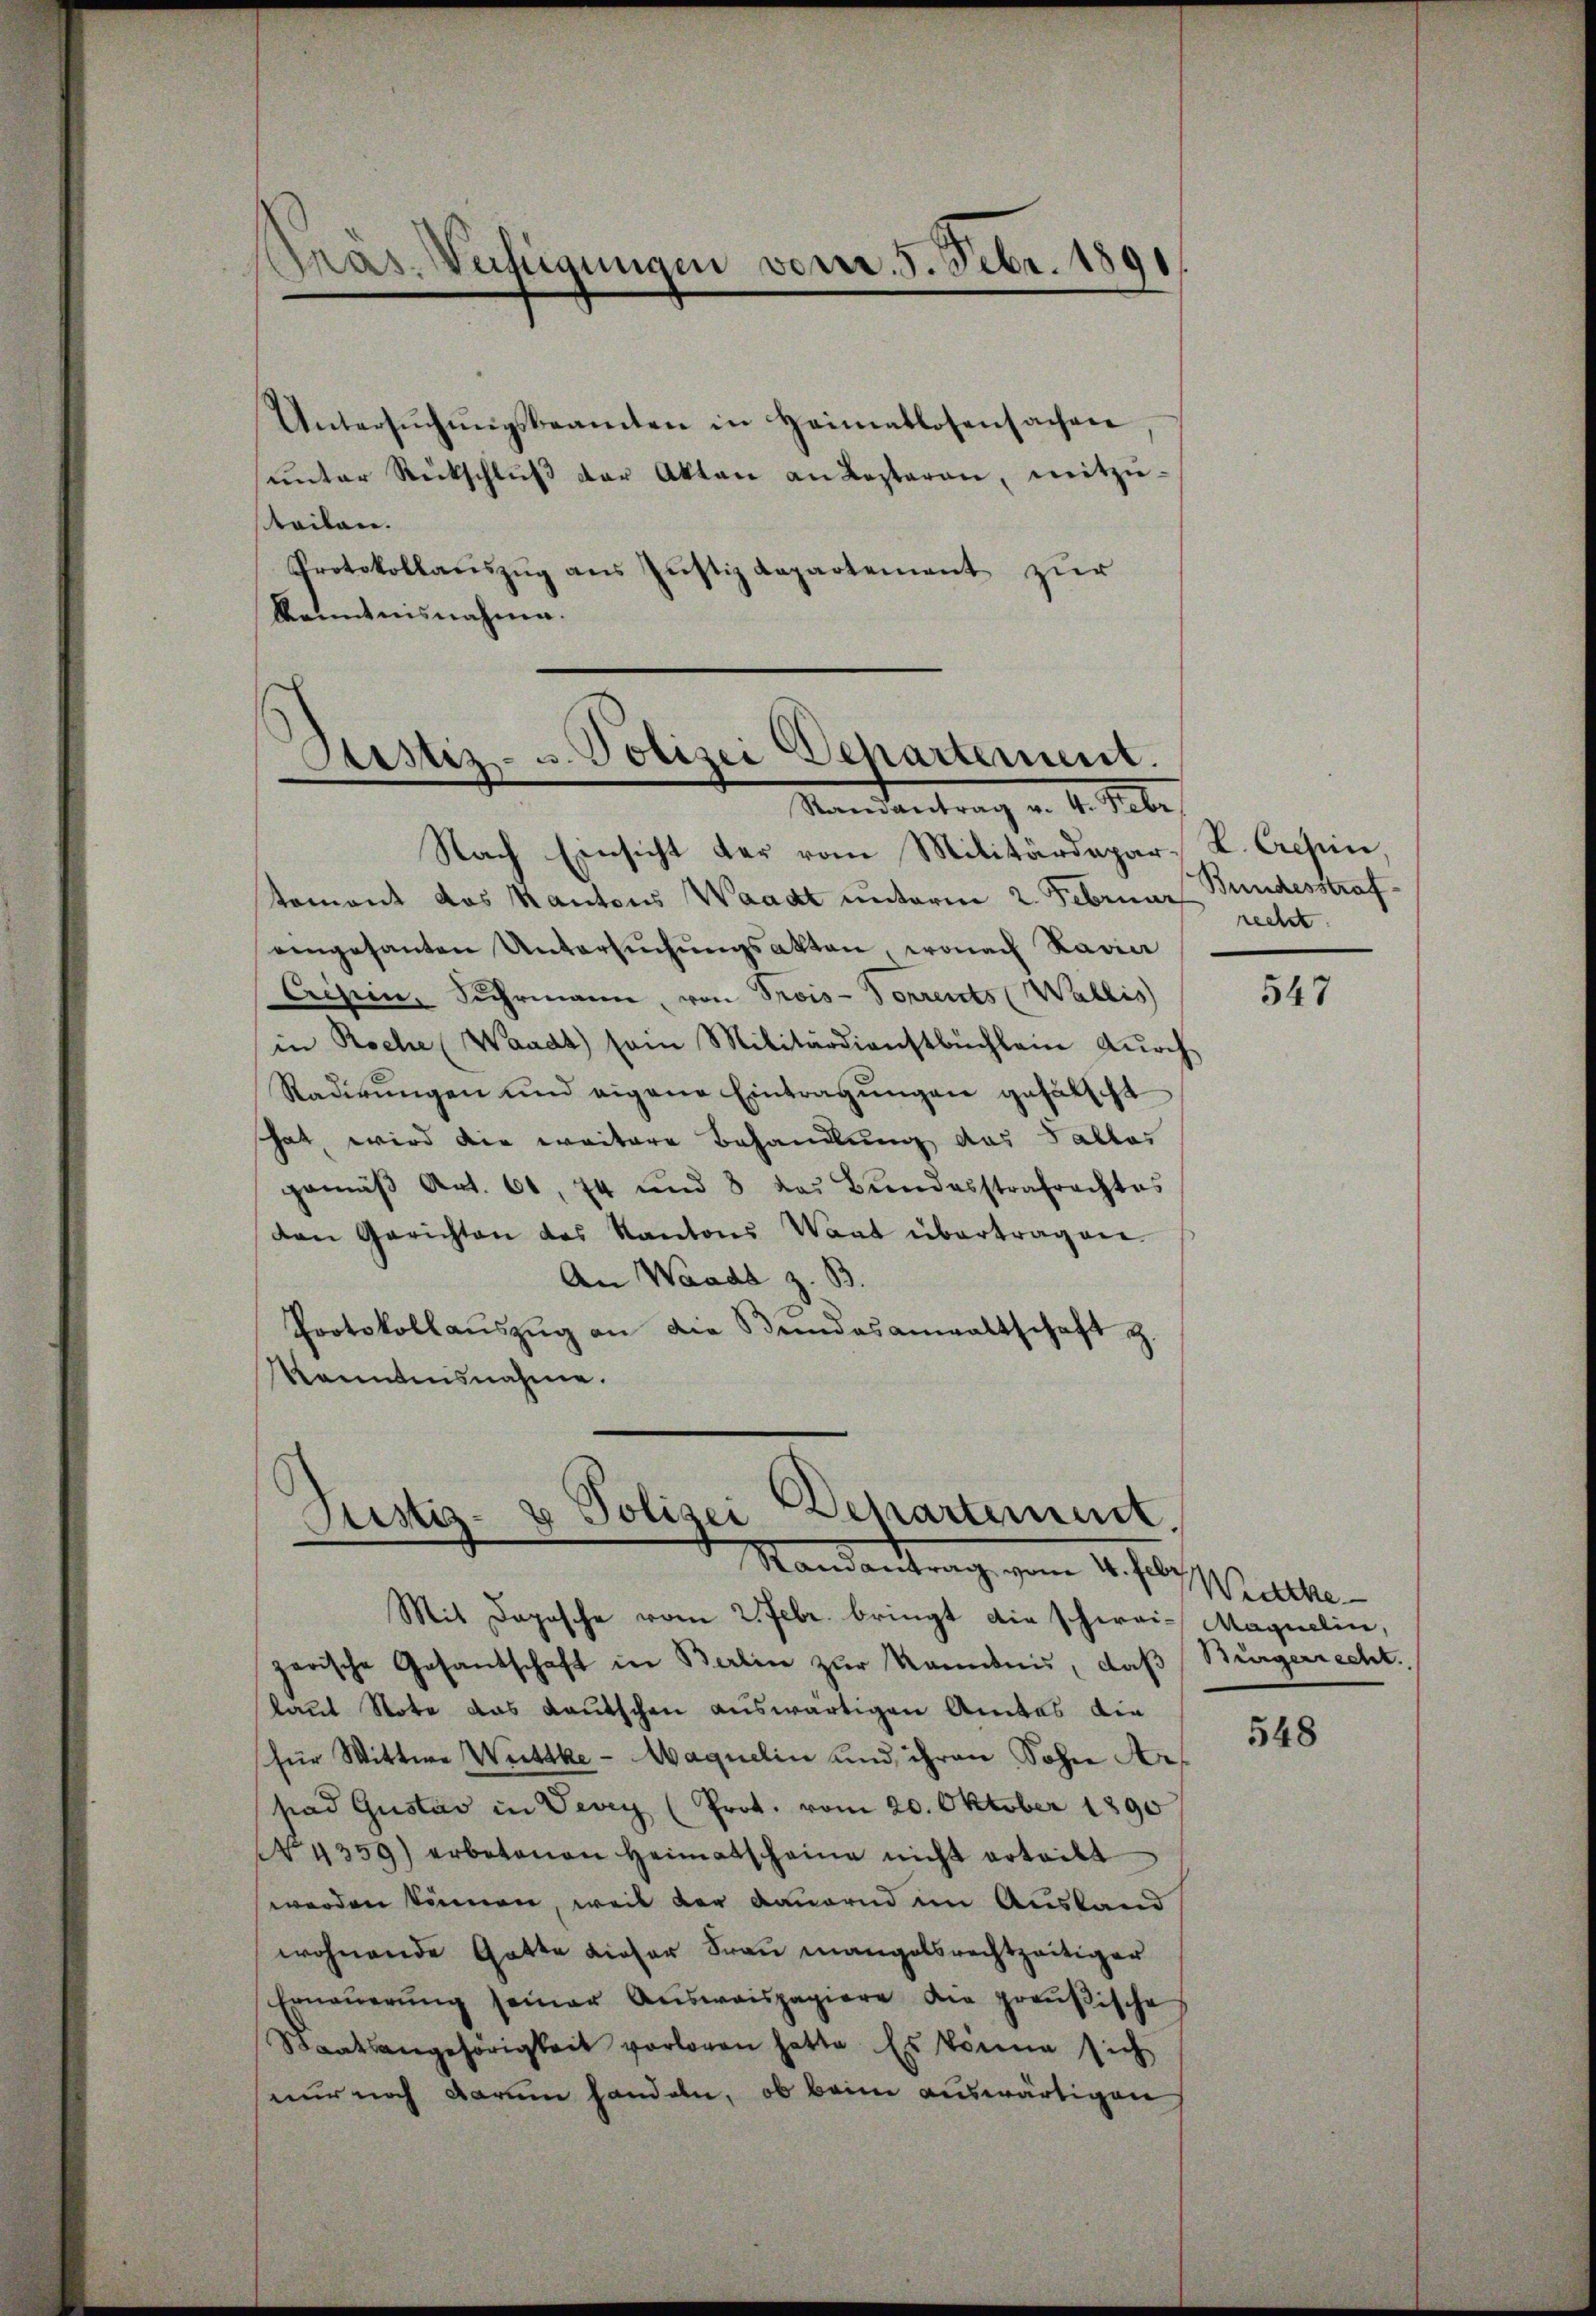
Präs. Verfügungen vom 5. Febr. 1891

Untersŭchŭngsbeamten in Heimatlosensachen
ŭnter Rückschlŭβ der Akten an Lezteren, mitzŭ-
teilen.
Protokollauszug aus Justizdepartement zur
Kenntnisnahme.

Justiz- u. Polizei Departement.
Mandantrag v. 4. Sabe

Justiz- & Polizei Behartement.
.
e
Mandantrag vom 4. Jun

Nach Einsicht der vom Militärdepar- K. Cresen,
temont das Kantons Waadt unterm 2. Februar Bundesstrafeengesanten Untersŭchŭngsakten, wonach Radia
Crisein, Suhrmann, von Trois-Vorrents (Wallis
in Roche (Waadt sein Militärdienstbüchlein dŭrch
Radirŭngen und eigene Eintragŭngen gefälscht
hat, wird die weitere Behandlung das Tallas
gemäβ Art. 61, 74 und 8 des Bŭndesstrafrachtes
den Gerichten des Kantons Waat übertragen.
An Waadt z. B.
Protokollaŭszŭg an die Bundesanwaltschaft z.
kanntnisnahme.
.

Mit Dopische vom 2. Febr. bringt die schwei- Maquelin,
garische Gesandschaft in Berlin zŭr Kenntnis, daβ Bürgerrecht.
laut Stote das Kautschen auswärtigen Amtes die
für Wittwe Weittke-Maquelin und ihren Sohn Arpad Gustav in Vevey (Prot. vom 20. Oktober 1890
No 4359) erbetenen Heimatscheine nicht erteilt
werden können, weil der Dauernd im Ausland
wohnende Gatte dieser Frau mangelsrechtzeitiger
Ernaŭerŭng seiner Aŭsweispapiere die preußische
Staatsangehörigkeit vorlagen hatte. Es könne sich
nur noch darum handeln, ob beim auswärtigen

recht.

547

Wiethe

548